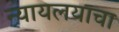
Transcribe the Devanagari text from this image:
न्यायलयाचा